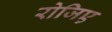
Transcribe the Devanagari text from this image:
रोजिए